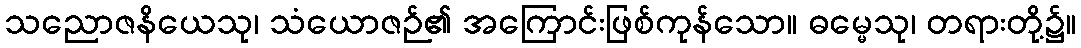
သညောဇနိယေသု၊ သံယောဇဉ်၏ အကြောင်းဖြစ်ကုန်သော။ ဓမ္မေသု၊ တရားတို့၌။